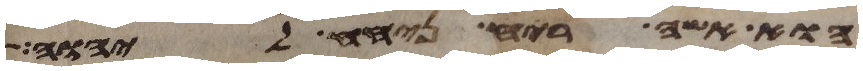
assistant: הוא אשה ריח ניחח ליהוה